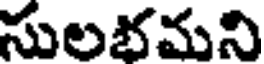
సులభమని